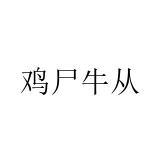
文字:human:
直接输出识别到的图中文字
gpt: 鸡尸牛从